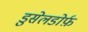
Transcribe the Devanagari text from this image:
डुसेलडोर्फ़